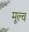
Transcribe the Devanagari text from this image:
मूल्व